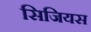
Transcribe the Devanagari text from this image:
सिजियस